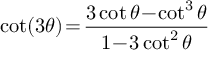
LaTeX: \cot ( 3 \theta ) \! = \! { \frac { 3 \cot \theta \! - \! \cot ^ { 3 } \theta } { 1 \! - \! 3 \cot ^ { 2 } \theta } }